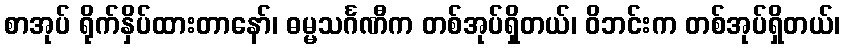
စာအုပ် ရိုက်နှိပ်ထားတာနော်၊ ဓမ္မသင်္ဂဏီက တစ်အုပ်ရှိတယ်၊ ဝိဘင်းက တစ်အုပ်ရှိတယ်၊